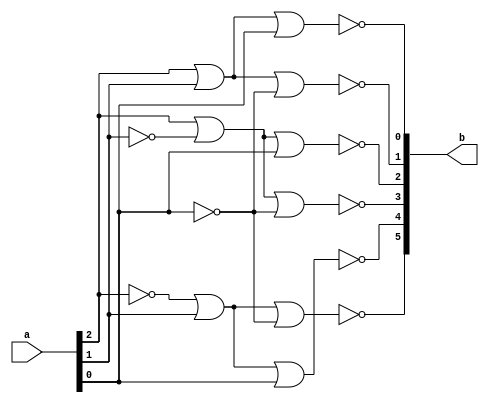
module Pirs_decoder_3_6
(
input wire [2:0] a,
output wire [5:0] b
);
wire [2:0] na;

nor (na[2], a[2], a[2]);
nor (na[1], a[1], a[1]);
nor (na[0], a[0], a[0]);
nor (b[0],a[2],a[1],a[0]);
nor (b[1],a[2],a[1],na[0]);
nor (b[2],a[2],na[1],a[0]);
nor (b[3],a[2],na[1],na[0]);
nor (b[4],na[2],a[1],a[0]);
nor (b[5],na[2],a[1],na[0]); 

endmodule